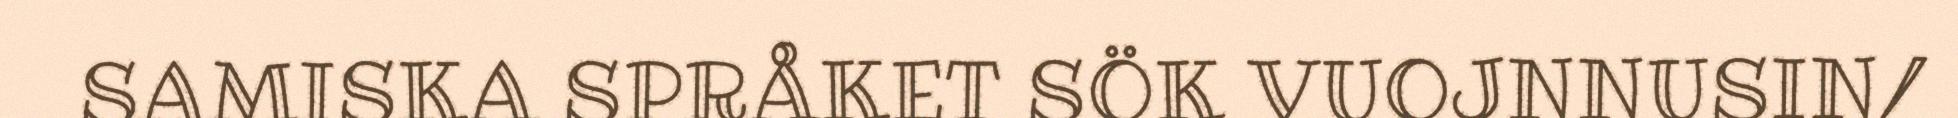
SAMISKA SPRÅKET SÖK VUOJNNUSIN/